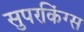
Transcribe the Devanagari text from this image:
सुपरकिंग्स